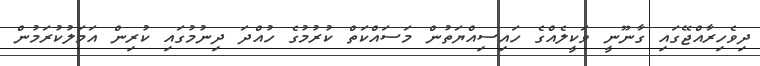
ދިވެހިރާއްޖޭގައި ގާނޫނީ ވަކީލެއްގެ ހައިސިއްޔަތުން މަސައްކަތް ކުރުމުގެ ހުއްދަ ދިނުމުގައި ކުރިން އަމަލުކުރަމުން